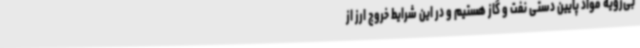
بی‌رویه مواد پایین دستی نفت و گاز هستیم و در این شرایط خروج ارز از